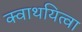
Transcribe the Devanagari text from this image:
क्वाथयित्वा